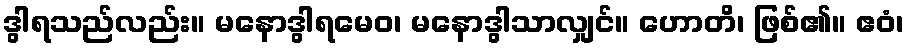
ဒွါရသည်လည်း။ မနောဒွါရမေဝ၊ မနောဒွါသာလျှင်။ ဟောတိ၊ ဖြစ်၏။ ဧဝံ၊